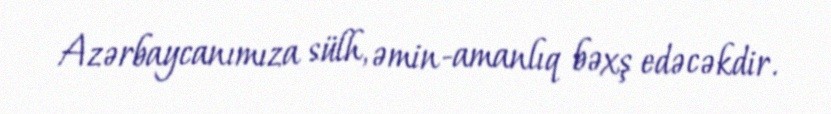
Azərbaycanımıza sülh, əmin-amanlıq bəxş edəcəkdir.